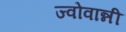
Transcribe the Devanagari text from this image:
ज्वोवान्नी